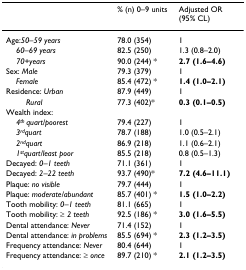
<table><thead><tr><td></td><td><b>% (n) 0–9 units</b></td><td><b>Adjusted OR (95% CL)</b></td></tr></thead><tbody><tr><td>Age:<i>50–59 years</i></td><td>78.0 (354)</td><td>1</td></tr><tr><td> <i>60–69 years</i></td><td>82.5 (250)</td><td>1.3 (0.8–2.0)</td></tr><tr><td> <i>70+years</i></td><td>90.0 (244) *</td><td><b>2.7 (1.6–4.6)</b></td></tr><tr><td>Sex: <i>Male</i></td><td>79.3 (379)</td><td>1</td></tr><tr><td> <i>Female</i></td><td>85.4 (472) *</td><td><b>1.4 (1.0–2.1)</b></td></tr><tr><td>Residence: <i>Urban</i></td><td>87.9 (449)</td><td>1</td></tr><tr><td><i>Rural</i></td><td>77.3 (402)*</td><td><b>0.3 (0.1–0.5)</b></td></tr><tr><td>Wealth index:</td><td></td><td></td></tr><tr><td> <i>4</i><sup><i>th </i></sup><i>quart/poorest</i></td><td>79.4 (227)</td><td>1</td></tr><tr><td> <i>3</i><sup><i>rd</i></sup><i>quart</i></td><td>78.7 (188)</td><td>1.0 (0.5–2.1)</td></tr><tr><td> <i>2</i><sup><i>nd</i></sup><i>quart</i></td><td>86.9 (218)</td><td>1.1 (0.6–2.1)</td></tr><tr><td> <i>1</i><sup><i>st</i></sup><i>quart/least poor</i></td><td>85.5 (218)</td><td>0.8 (0.5–1.3)</td></tr><tr><td>Decayed: <i>0–1 teeth</i></td><td>71.1 (361)</td><td>1</td></tr><tr><td>Decayed: <i>2–22 teeth</i></td><td>93.7 (490)*</td><td><b>7.2 (4.6–11.1)</b></td></tr><tr><td>Plaque: <i>no visible</i></td><td>79.7 (444)</td><td>1</td></tr><tr><td>Plaque: <i>moderate/abundant</i></td><td>85.7 (401) *</td><td><b>1.5 (1.0–2.2)</b></td></tr><tr><td>Tooth mobility: <i>0–1 teeth</i></td><td>81.1 (665)</td><td>1</td></tr><tr><td>Tooth mobility: ≥ <i>2 teeth</i></td><td>92.5 (186) *</td><td><b>3.0 (1.6–5.5)</b></td></tr><tr><td>Dental attendance: <i>Never</i></td><td>71.4 (152)</td><td>1</td></tr><tr><td>Dental attendance: <i>in problems</i></td><td>85.5 (694) *</td><td><b>2.3 (1.2–3.5)</b></td></tr><tr><td>Frequency attendance: <i>Never</i></td><td>80.4 (644)</td><td>1</td></tr><tr><td>Frequency attendance: ≥ <i>once</i></td><td>89.7 (210) *</td><td><b>2.1 (1.2–3.5)</b></td></tr></tbody></table>